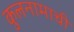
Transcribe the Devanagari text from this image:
कुलनामाची